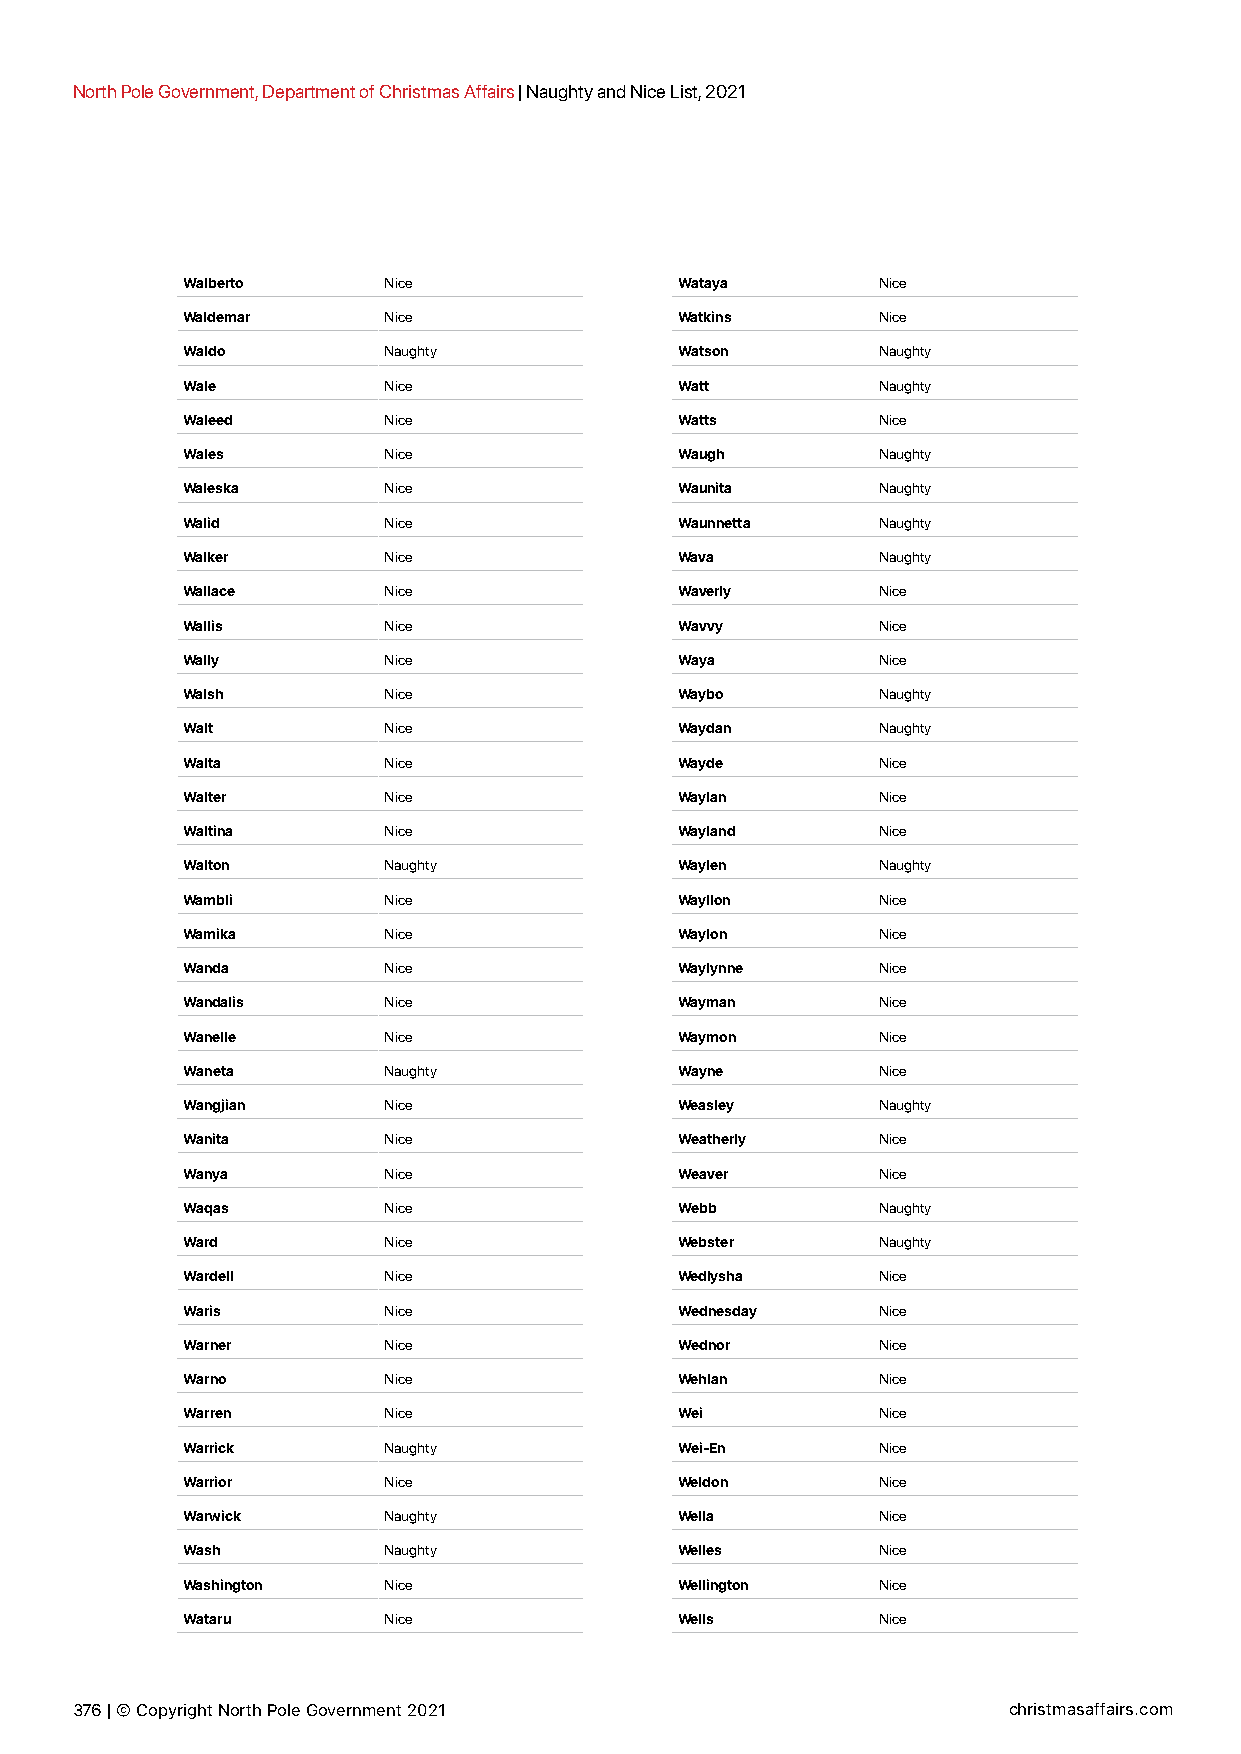
North Pole Government, Department of Christmas Affairs | Naughty and Nice List, 2021
 Walberto     Nice                Wataya       Nice
 Waldemar     Nice                Watkins      Nice
 Waldo        Naughty             Watson       Naughty
 Wale         Nice                Watt         Naughty
 Waleed       Nice                Watts        Nice
 Wales        Nice                Waugh        Naughty
 Waleska      Nice                Waunita      Naughty
 Walid        Nice                Waunnetta    Naughty
 Walker       Nice                Wava         Naughty
 Wallace      Nice                Waverly      Nice
 Wallis       Nice                Wavvy        Nice
 Wally        Nice                Waya         Nice
 Walsh        Nice                Waybo        Naughty
 Walt         Nice                Waydan       Naughty
 Walta        Nice                Wayde        Nice
 Walter       Nice                Waylan       Nice
 Waltina      Nice                Wayland      Nice
 Walton       Naughty             Waylen       Naughty
 Wambli       Nice                Wayllon      Nice
 Wamika       Nice                Waylon       Nice
 Wanda        Nice                Waylynne     Nice
 Wandalis     Nice                Wayman       Nice
 Wanelle      Nice                Waymon       Nice
 Waneta       Naughty             Wayne        Nice
 Wangjian     Nice                Weasley      Naughty
 Wanita       Nice                Weatherly    Nice
 Wanya        Nice                Weaver       Nice
 Waqas        Nice                Webb         Naughty
 Ward         Nice                Webster      Naughty
 Wardell      Nice                Wedlysha     Nice
 Waris        Nice                Wednesday    Nice
 Warner       Nice                Wednor       Nice
 Warno        Nice                Wehlan       Nice
 Warren       Nice                Wei          Nice
 Warrick      Naughty             Wei-En       Nice
 Warrior      Nice                Weldon       Nice
 Warwick      Naughty             Wella        Nice
 Wash         Naughty             Welles       Nice
 Washington   Nice                Wellington   Nice
 Wataru       Nice                Wells        Nice
 376 | © Copyright North Pole Government 2021                  christmasaffairs.com